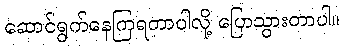
ဆောင်ရွက်နေကြရတာပါလို့ ပြောသွားတာပါ။